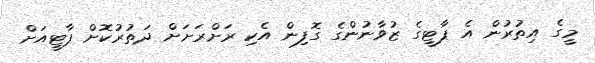
މީގެ އިތުރުން އެ ޕާޓީގެ ޒުވާނުންގެ ގޮފިން އެކި ރަށްރަށަށް ދަތުރުކޮށް ޕާޓީއަށް